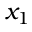
x _ { 1 }